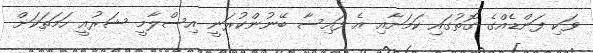
ވަކި ފަންޑެއްގެ ގޮތުގައި ކަމަށާއި އެ ފައިސާ ބޭނުންކުރަނީ އިސްލާމީ ޝަރުއީ ހަމަތަކަށް